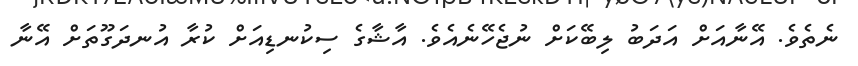
ނެތެވެ. އޭނާއަށް އަދަބު ލިބޭކަށް ނުޖެހޭނެއެވެ. އާޝާގެ ސިކުނޑިއަށް ކުރާ އުނދަގޫތަށް އޭނާ